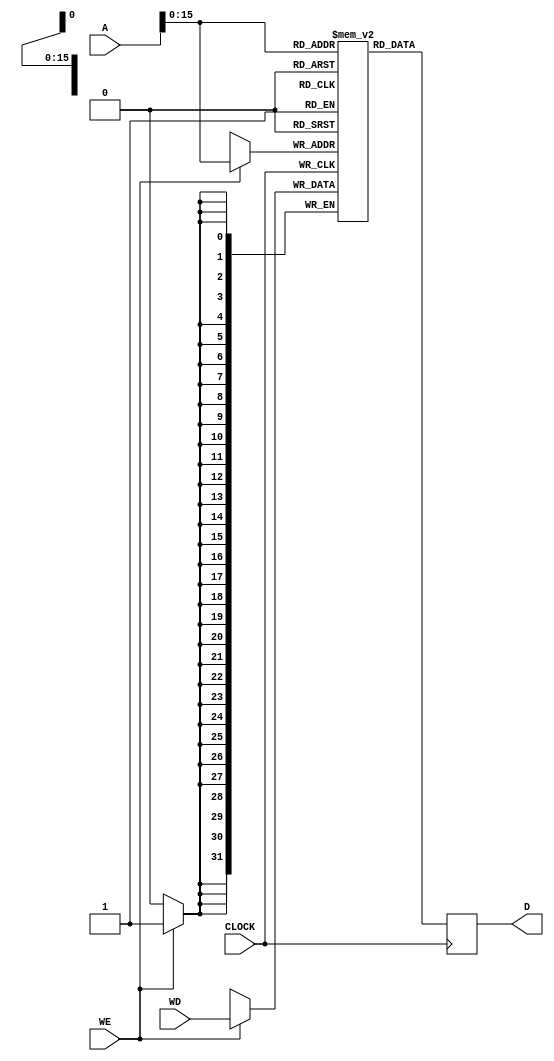
module Memory(
	CLOCK,
	A,
	D,
	WE,
	WD
);
input CLOCK;
input [31:0] A;
output [31:0] D;
input WE;
input [31:0] WD;

wire CLOCK;
wire [31:0] A;
reg [31:0] D;
wire WE;
wire [31:0] WD;

reg [31:0] MEM[65535:0];

always @ (negedge CLOCK) 
begin
	if (WE)
		MEM[A] <= WD;
	D <= MEM[A];
end
endmodule